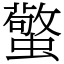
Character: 蟼